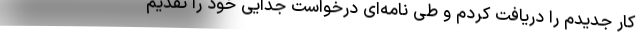
کار جدیدم را دریافت کردم و طی نامه‌ای درخواست جدایی خود را تقدیم